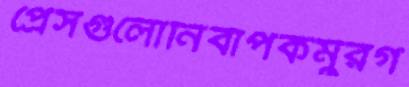
প্রেসগুলোনির্বাপকমুরগ